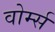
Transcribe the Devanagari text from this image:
वोर्म्स